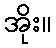
အိုး။